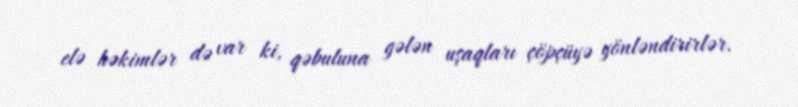
elə həkimlər də var ki, qəbuluna gələn uşaqları çöpçüyə yönləndirirlər.